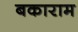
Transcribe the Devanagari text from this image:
बकाराम